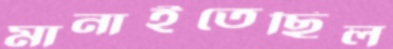
মানাইতেছিল